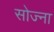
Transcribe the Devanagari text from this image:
सोज्ना